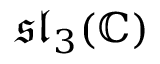
{ \mathfrak { s l } } _ { 3 } ( \mathbb { C } )